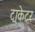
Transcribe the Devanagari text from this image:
ट्राकेटर